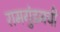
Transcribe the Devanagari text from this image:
रामगुंडमची